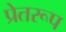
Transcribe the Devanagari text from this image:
प्रेतरूप